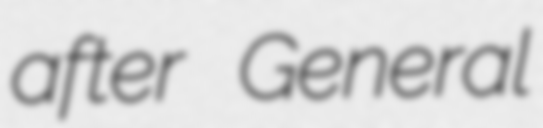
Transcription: after General